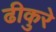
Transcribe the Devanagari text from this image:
ढीकुरे